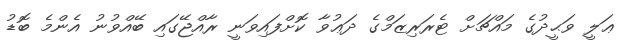
ޢަލީ ވަޙީދުގެ މައްޗަށް ޓެރަރިޒަމްގެ ދަޢުވާ ކޮށްފައިވަނީ ރާއްޖޭގައި ބޭއްވުނު އެންމެ ބޮޑު